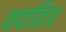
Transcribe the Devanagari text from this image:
वदति॥